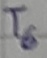
Text: T6